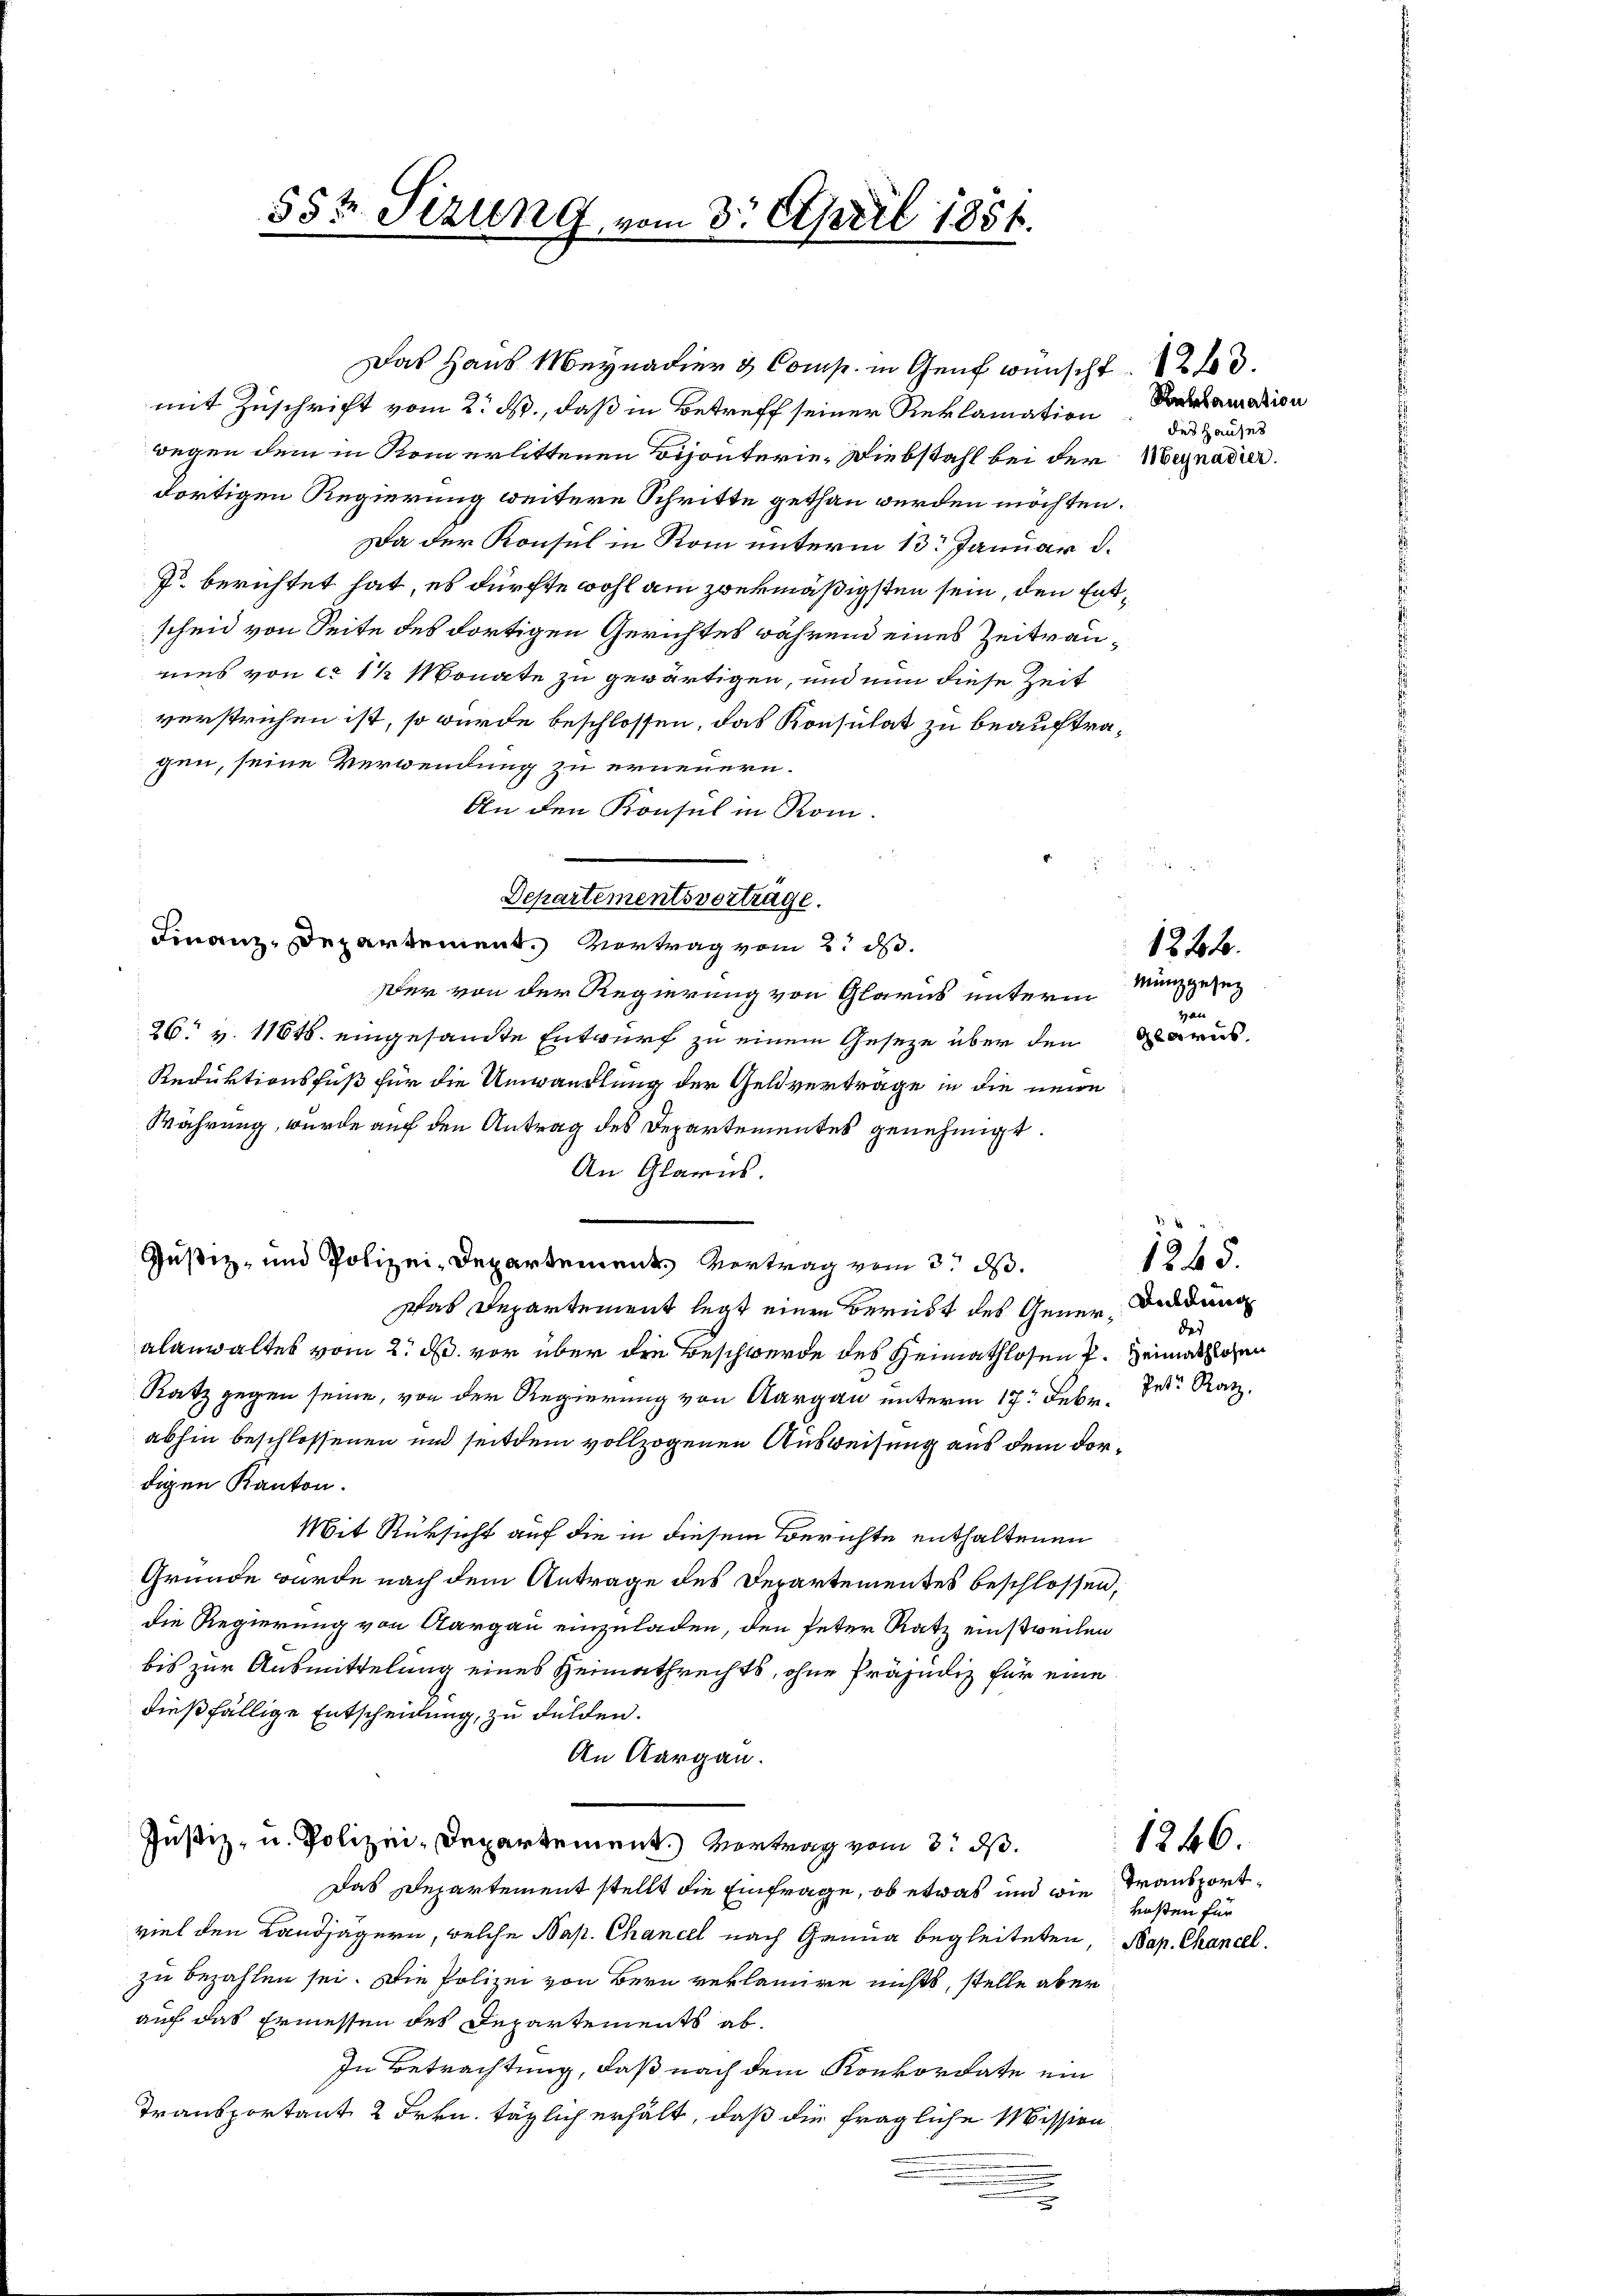
55t Sizung vom 3. April 1854.

Das Haus Meynadier & Comp. in Genf wünscht 23.

mit Zuschrift vom 2. Rp., daß in Betreff seiner Reklamation
wegen dem in Rom erlittenen Bijonterie- Diebstahl bei der Wegnadier.
dortigen Regierung weitere Schritte gethan werden möchten.
Da der Konsul in Rom unterm 13. Januar d.
7 berichtet hat, es dürfte wohl am zwekmäßigsten sein, den Entscheid von Seite des dortigen Gerichtes während eines Zeitraunis von ca 1 ½ Monate zu gewärtigen, und nun diese Zeit
verstrichen ist, so würde beschlossen, das Konsulat zu beauftragen, seine Verwendung zu erneuern.
An den Konsul in Rom.
Finanz-Departement. Vortrag vom 2. ds.
Der von der Regierung von Glarus unterm
26. v. 1184. eingesandte Entwurf zu einem Geseze über den Glarus,
Reduktionsfuß für die Umwandlung der Geldverträge in die neue
Währung, wurde auf den Antrag des Departementes genehmigt.
An Glarus.
e
Justiz- und Polizei-Departement Vertrag vom 3. d.
Das Departement legt einen Berübt des Generalanwaltes vom 2. d. vor über die Beschwerde des Heimathlosen P. Heimathlichen
Ratz gegen seine, von der Regierung von Aargau unterm 17. Febr. Der Ratz,
abhin beschlossenen und seitdem vollzogenen Ausweisung aus dem dordigen Kanton.
Mit Rüksicht auf die in diesem Berichte enthaltenen
Grunde wurde nach dem Antrage des Departementes beschlossen,
die Regierung von Aargau einzuladen, den Peter Ratz einstweilen
bis zur Ausmittelung eines Heimathrechts, ohne Präjudiz für eine
dießfällige Entscheidung, zu Fulden.
An Aargau.

Departementsvorträge.

Justiz- u. Polizei-Departement.) Vertrag vom 3. ds.

Das Departement stellt die Einfrage, ob etwas und wie
viel den Landjägern, welche Nap. Chancel nach Genua begleiteten, Kap. Chancel
zu bezahlen sei. Die Polizei von Bern verlamire nichts, stelle aber
auf das Ermessen des Departements ab¬
In Betrachtung, daß nach dem Konkordate ein
Transportant 2 Frkn. täglich erhält, daß die fragliche Mission

Reklamation
des Hauses

Minggesez
n

1212.

1845.
Deidung
das

1246

Transport
kosten für